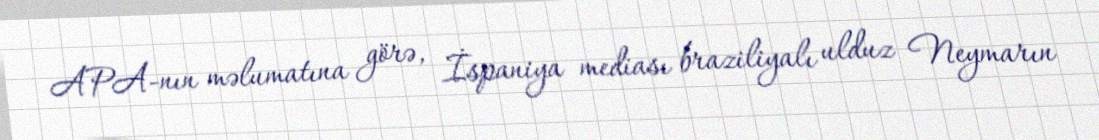
APA-nın məlumatına görə, İspaniya mediası braziliyalı ulduz Neymarın